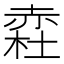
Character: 𧹥